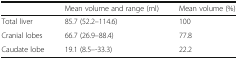
|  | Mean volume and range (ml) | Mean volume (%) |
 | --- | --- | --- |
 | Total liver | 85.7 (52.2–114.6) | 100 |
 | Cranial lobes | 66.7 (26.9–88.4) | 77.8 |
 | Caudate lobe | 19.1 (8.5–-33.3) | 22.2 |